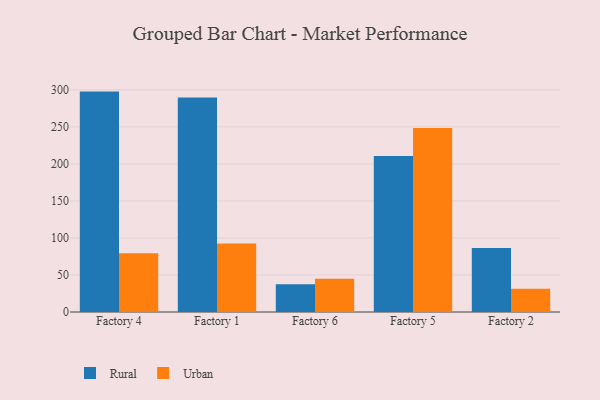
{"axis": {"x": "Factory", "y": "Energy Usage (MWh)"}, "legend": ["Rural", "Urban"], "data": [{"x": "Factory 4", "y": 297.6, "type": "Rural"}, {"x": "Factory 4", "y": 79.2, "type": "Urban"}, {"x": "Factory 1", "y": 289.7, "type": "Rural"}, {"x": "Factory 1", "y": 92.6, "type": "Urban"}, {"x": "Factory 6", "y": 37.4, "type": "Rural"}, {"x": "Factory 6", "y": 44.9, "type": "Urban"}, {"x": "Factory 5", "y": 210.6, "type": "Rural"}, {"x": "Factory 5", "y": 248.6, "type": "Urban"}, {"x": "Factory 2", "y": 86.4, "type": "Rural"}, {"x": "Factory 2", "y": 31.4, "type": "Urban"}]}